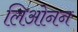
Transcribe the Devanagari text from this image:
लिओनन